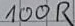
Text: 100R